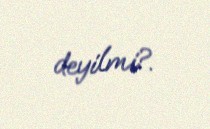
deyilmi?.